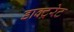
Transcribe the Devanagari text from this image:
डाक्ट्ररेट